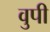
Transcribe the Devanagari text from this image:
वुपी